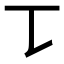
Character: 𰀀